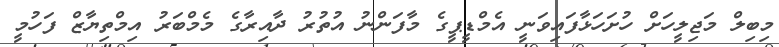
މިބިލް މަޖިލީހަށް ހުށަހަޅާފައިވަނީ އެމްޑީޕީގެ މާފަންނު އުތުރު ދާއިރާގެ މެމްބަރު އިމްތިޔާޒް ފަހުމީ